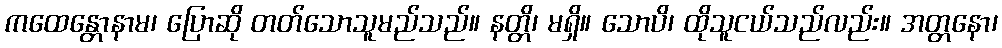
ကထေန္တောနာမ၊ ပြောဆို တတ်သောသူမည်သည်။ နတ္တိ၊ မရှိ။ သောပိ၊ ထိုသူငယ်သည်လည်း။ အတ္တနော၊